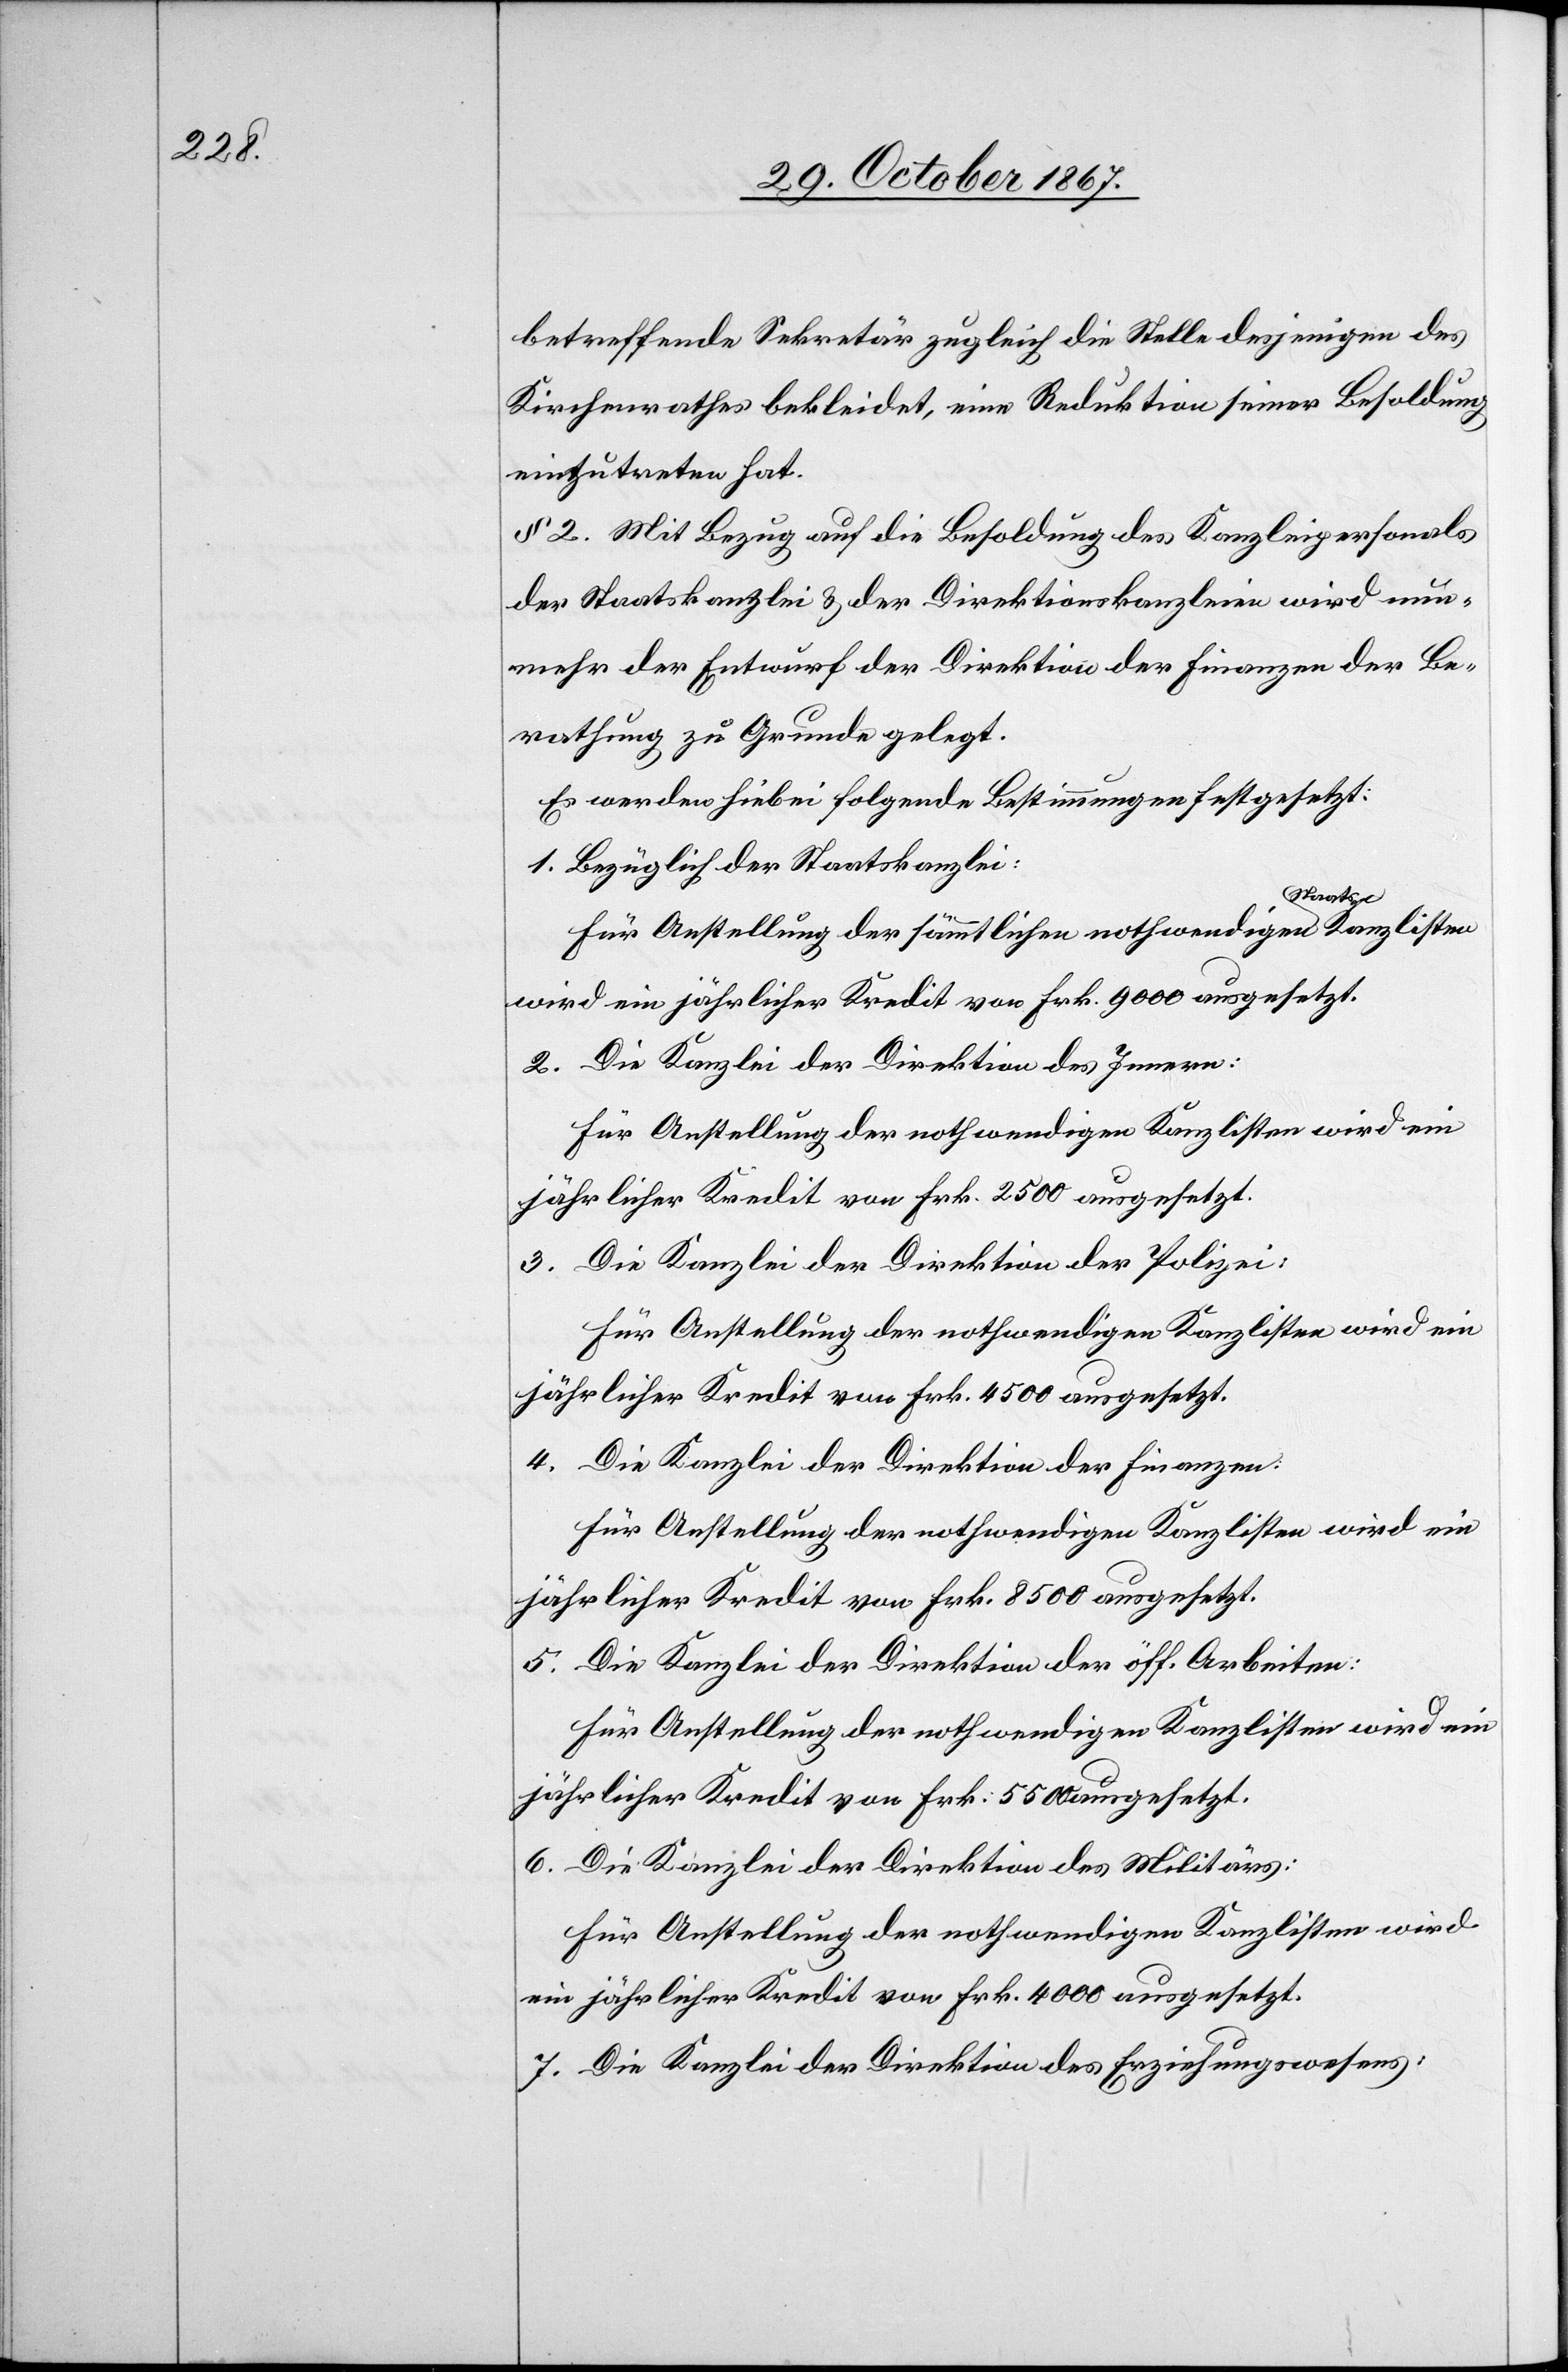
betreffende Sekretär zugleich die Stelle desjenigen des
Kirchenrathes bekleidet, eine Reduktion seiner Besoldung
einzutreten hat.
§ 2. Mit Bezug auf die Besoldung des Kanzleipersonals
der Staatskanzlei u. der Direktionskanzleien wird nun¬
mehr der Entwurf der Direktion der Finanzen der Be¬
rathung zu Grunde gelegt.
Es werden hiebei folgende Bestimmungen festgesetzt:
1. Bezüglich der Staatskanzlei:
Für Anstellung der sämmtlichen nothwendigen Staats-Kanzlisten
wird ein jährlicher Kredit von Frk. 9000 ausgesetzt.
2. Die Kanzlei der Direktion des Innern:
Für Anstellung der nothwendigen Kanzlisten wird ein
jährlicher Kredit von Frk. 2500 ausgesetzt.
3. Die Kanzlei der Direktion der Polizei:
Für Anstellung der nothwendigen Kanzlisten wird ein
jährlicher Kredit von Frk. 4500 ausgesetzt.
4. Die Kanzlei der Direktion der Finanzen:
Für Anstellung der nothwendigen Kanzlisten wird ein
jährlicher Kredit von Frk. 5500 ausgesetzt.
5. Die Kanzlei der Direktion der öff. Arbeiten:
Für Anstellung der nothwendigen Kanzlisten wird ein
6. Die Kanzlei der Direktion des Militärs:
Für Anstellung der nothwendigen Kanzlisten wird
ein jährlicher Kredit von Frk. 4000 ausgesetzt.
7. Die Kanzlei der Direktion des Erziehungswesens: